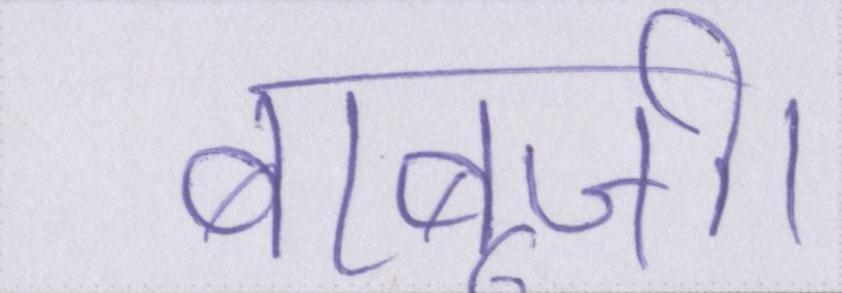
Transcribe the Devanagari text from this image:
बाबूजी।